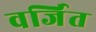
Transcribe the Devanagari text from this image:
वर्जित